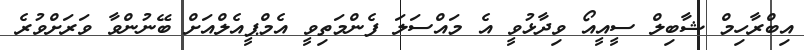
އިބްރާހިމް ޝާބިލް ސީއީއޯ ވިދާޅުވީ އެ މައްސަލަ ފެންމަތިވީ އެމްޕީއެލްއަށް ބޭނުންވާ ވަރަށްވުރެ